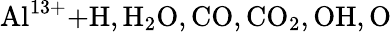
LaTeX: \mathrm{Al^{13+}\mathrm{+H,H_{2}O,CO,CO_{2},OH,O}}